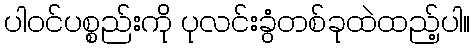
ပါဝင်ပစ္စည်းကို ပုလင်းခွံတစ်ခုထဲထည့်ပါ။